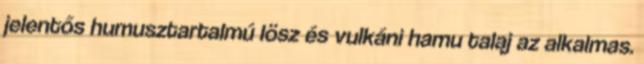
jelentős humusztartalmú lösz és vulkáni hamu talaj az alkalmas.